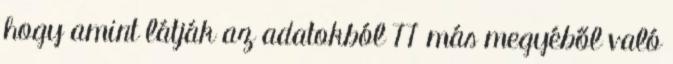
hogy amint látják az adatokból 77 más megyéből való